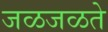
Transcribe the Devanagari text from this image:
जळजळते